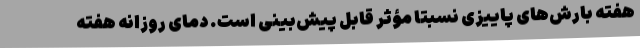
هفته بارش‌های پاییزی نسبتاً مؤثر قابل پیش‌بینی است. دمای روزانه هفته